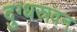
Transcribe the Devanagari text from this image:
दुग्धस्रवन